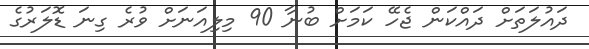
ދައުލަތަށް ދައްކަން ޖެހޭ ކަމަށް ބުނާ 90 މިލިއަނަށް ވުރެ ގިނަ ޑޮލަރުގެ